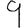
Digit: 9